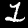
Digit: 1